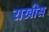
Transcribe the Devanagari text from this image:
राखीस